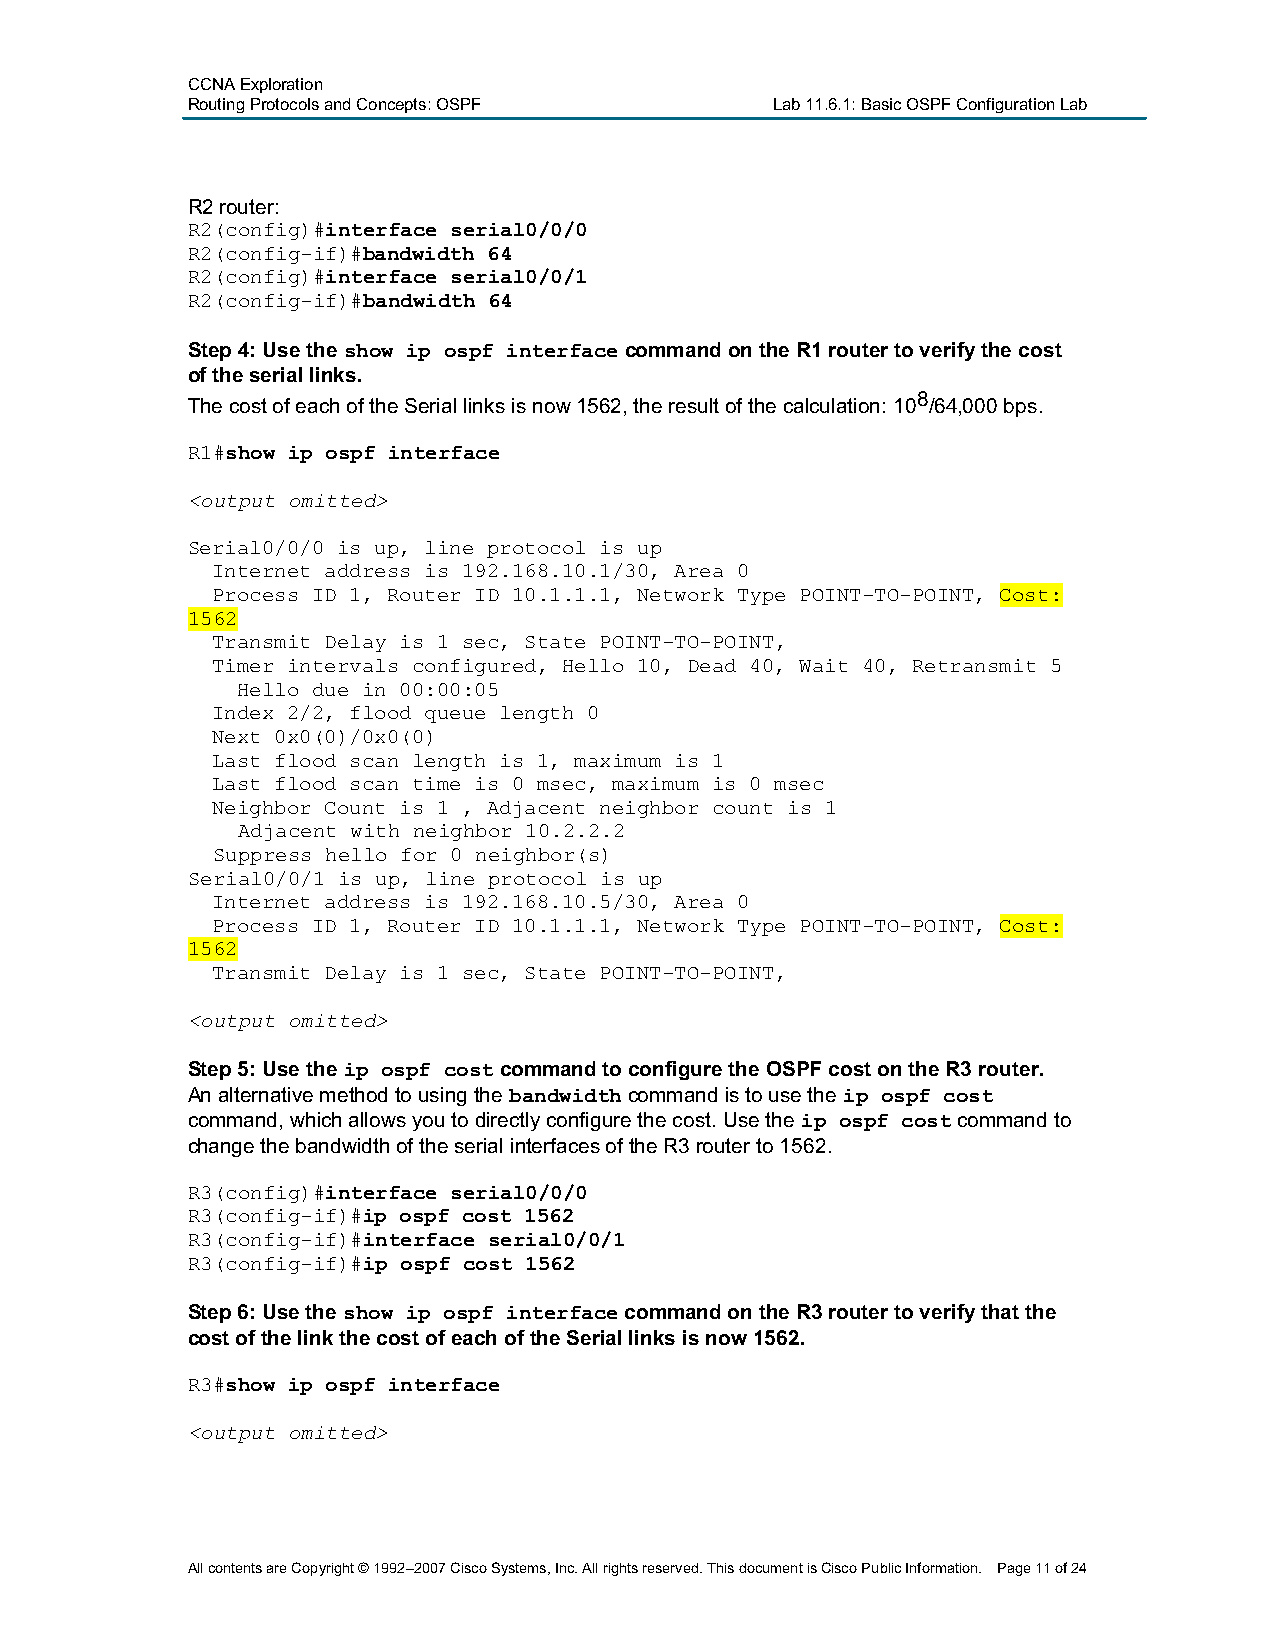
CCNA Exploration
 Routing Protocols and Concepts:OSPF    Lab 11.6.1: Basic OSPF Configuration Lab
 R2router:
 R2(config)#interface serial0/0/0
 R2(config-if)#bandwidth 64
 R2(config)#interface serial0/0/1
 R2(config-if)#bandwidth 64
 Step 4:Use the show ip ospf interfacecommand on the R1 router to verify the cost
 of the seriallinks.
 The cost of each of the Seriallinksis now 1562, the result of the calculation: 108/64,000 bps.
 R1#show ip ospf interface
 <output omitted>
 Serial0/0/0 is up, line protocol is up
 Internet address is 192.168.10.1/30, Area 0
 Process ID 1, Router ID 10.1.1.1, Network Type POINT-TO-POINT, Cost:
 1562
 Transmit Delay is 1 sec, State POINT-TO-POINT,
 Timer intervals configured, Hello 10, Dead 40, Wait 40, Retransmit 5
 Hello due in 00:00:05
 Index 2/2, flood queue length 0
 Next 0x0(0)/0x0(0)
 Last flood scan length is 1, maximum is 1
 Last flood scan time is 0 msec, maximum is 0 msec
 Neighbor Count is 1 , Adjacent neighbor count is 1
 Adjacent with neighbor 10.2.2.2
 Suppress hello for 0 neighbor(s)
 Serial0/0/1 is up, line protocol is up
 Internet address is 192.168.10.5/30, Area 0
 Process ID 1, Router ID 10.1.1.1, Network Type POINT-TO-POINT, Cost:
 1562
 Transmit Delay is 1 sec, State POINT-TO-POINT,
 <output omitted>
 Step 5: Use the ip ospf costcommand to configure the OSPF cost on the R3 router.
 An alternative method to using the bandwidthcommand is to use the ip ospf cost
 command, which allows you to directly configure the cost. Use the ip ospf costcommand to
 change the bandwidth of the serial interfaces of the R3 router to 1562.
 R3(config)#interface serial0/0/0
 R3(config-if)#ip ospf cost 1562
 R3(config-if)#interface serial0/0/1
 R3(config-if)#ip ospf cost 1562
 Step 6:Use the show ip ospf interfacecommand on the R3 router to verify that the
 cost of the link the cost of each of the Serial links is now 1562.
 R3#show ip ospf interface
 <output omitted>
 All contents are Copyright © 1992–2007 Cisco Systems, Inc. All rights reserved. This document is Cisco Public Information. Page 11of 24